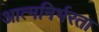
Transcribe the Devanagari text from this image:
आत्‍मनिर्भरता